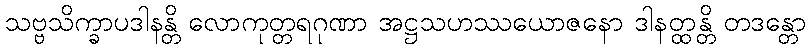
သဗ္ဗသိက္ခာပဒါနန္တိ လောကုတ္တရဂုဏာ အဋ္ဌသဟဿယောဇနော ဒါနတ္ထန္တိ တဒန္တော